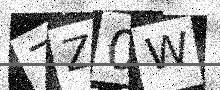
Text: 7Z0W